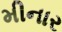
મીનાર